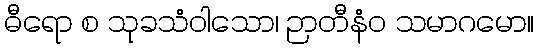
ဓီရော စ သုခသံဝါသော၊ ဉာတီနံဝ သမာဂမော။